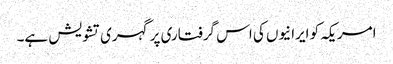
امریکہ کو ایرانیوں کی اس گرفتاری پر گہری تشویش ہے۔